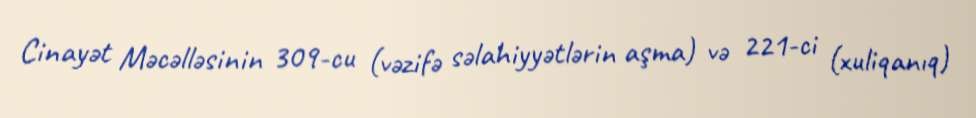
Cinayət Məcəlləsinin 309-cu (vəzifə səlahiyyətlərin aşma) və 221-ci (xuliqanıq)